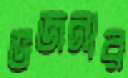
ভজনার